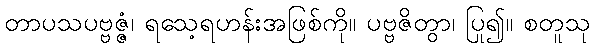
တာပသပဗ္ဗဇ္ဇံ၊ ရသေ့ရဟန်းအဖြစ်ကို။ ပဗ္ဗဇိတွာ၊ ပြု၍။ စတူသု